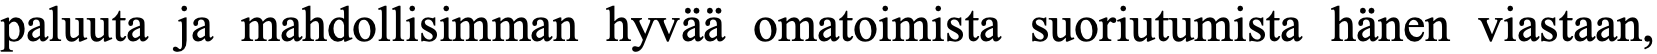
paluuta ja mahdollisimman hyvää omatoimista suoriutumista hänen viastaan,